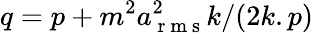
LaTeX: q=p+m^{2}a_{\mathrm{~r~m~s~}}^{2}k/(2k.p)